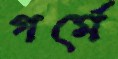
গর্মে